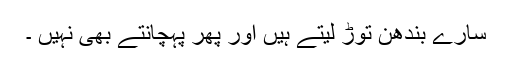
سارے بندھن توڑ لیتے ہیں اور پھر پہچانتے بھی نہیں ۔